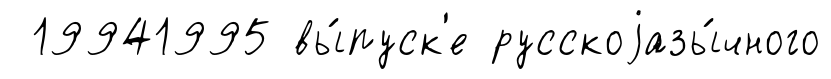
19941995 вы́пуск'е русскоjазы́чного